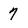
Character: 7